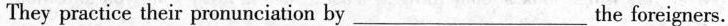
They practice their pronunciation by____the foreigners.